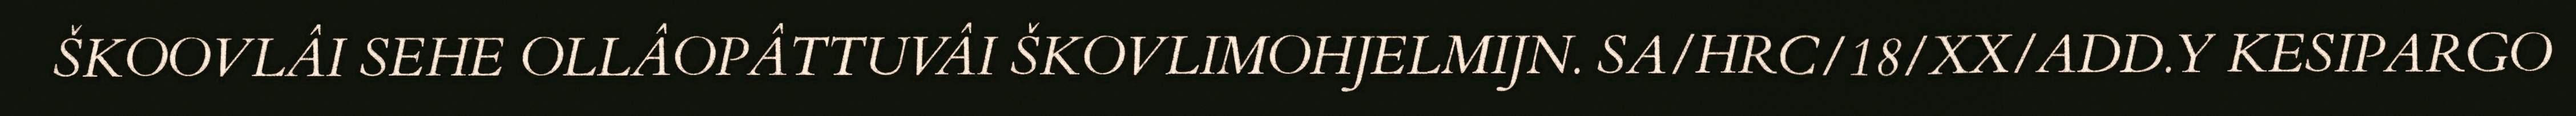
ŠKOOVLÂI SEHE OLLÂOPÂTTUVÂI ŠKOVLIMOHJELMIJN. SA/HRC/18/XX/ADD.Y KESIPARGO